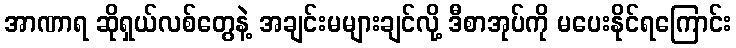
အာဏာရ ဆိုရှယ်လစ်တွေနဲ့ အချင်းမများချင်လို့ ဒီစာအုပ်ကို မပေးနိုင်ရကြောင်း